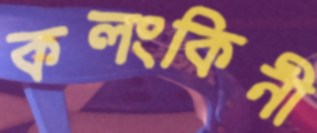
কলংকিনী